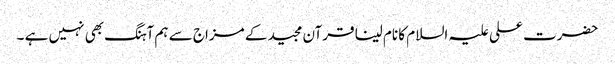
حضرت علی علیہ السلام کا نام لینا قرآن مجید کے مزاج سے ہم آہنگ بھی نہیں ہے ۔